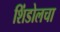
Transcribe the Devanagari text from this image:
शिंडोलचा